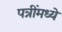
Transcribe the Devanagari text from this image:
पत्रींमध्ये